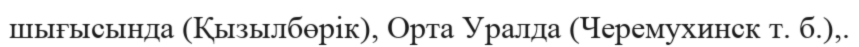
шығысында (Қызылбөрік), Орта Уралда (Черемухинск т. б.),.